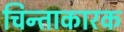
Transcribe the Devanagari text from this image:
चिन्ताकारक